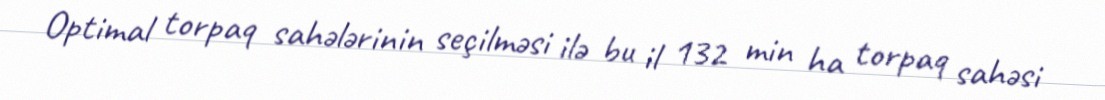
Optimal torpaq sahələrinin seçilməsi ilə bu il 132 min ha torpaq sahəsi